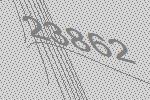
23862